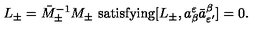
L _ { \pm } = \bar { M } _ { \pm } ^ { - 1 } M _ { \pm } \ \mathrm { s a t i s f y i n g } [ L _ { \pm } , a _ { \beta } ^ { \varepsilon } \bar { a } _ { \varepsilon ^ { \prime } } ^ { \beta } ] = 0 .